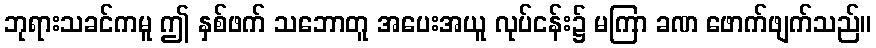
ဘုရားသခင်ကမူ ဤ နှစ်ဖက် သဘောတူ အပေးအယူ လုပ်ငန်း၌ မကြာ ခဏ ဖောက်ဖျက်သည်။